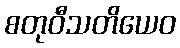
စတုဝီသတိယေဝ